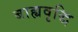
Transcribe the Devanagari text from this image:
बाह्यवृद्धि